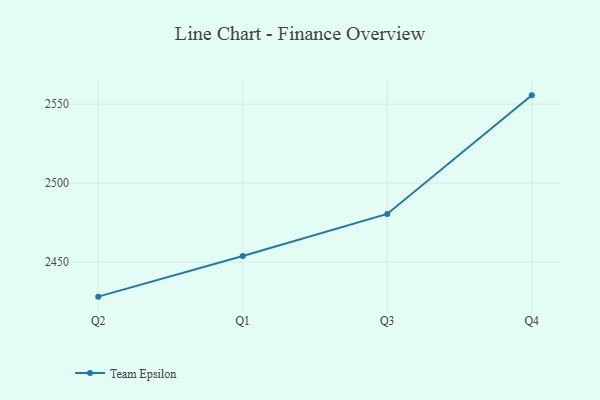
{"axis": {"x": "Quarter", "y": "Operating Costs (USD K)"}, "legend": ["Team Epsilon"], "data": [{"x": "Q2", "y": 2428.1, "type": "Team Epsilon"}, {"x": "Q1", "y": 2453.8, "type": "Team Epsilon"}, {"x": "Q3", "y": 2480.5, "type": "Team Epsilon"}, {"x": "Q4", "y": 2555.6, "type": "Team Epsilon"}]}